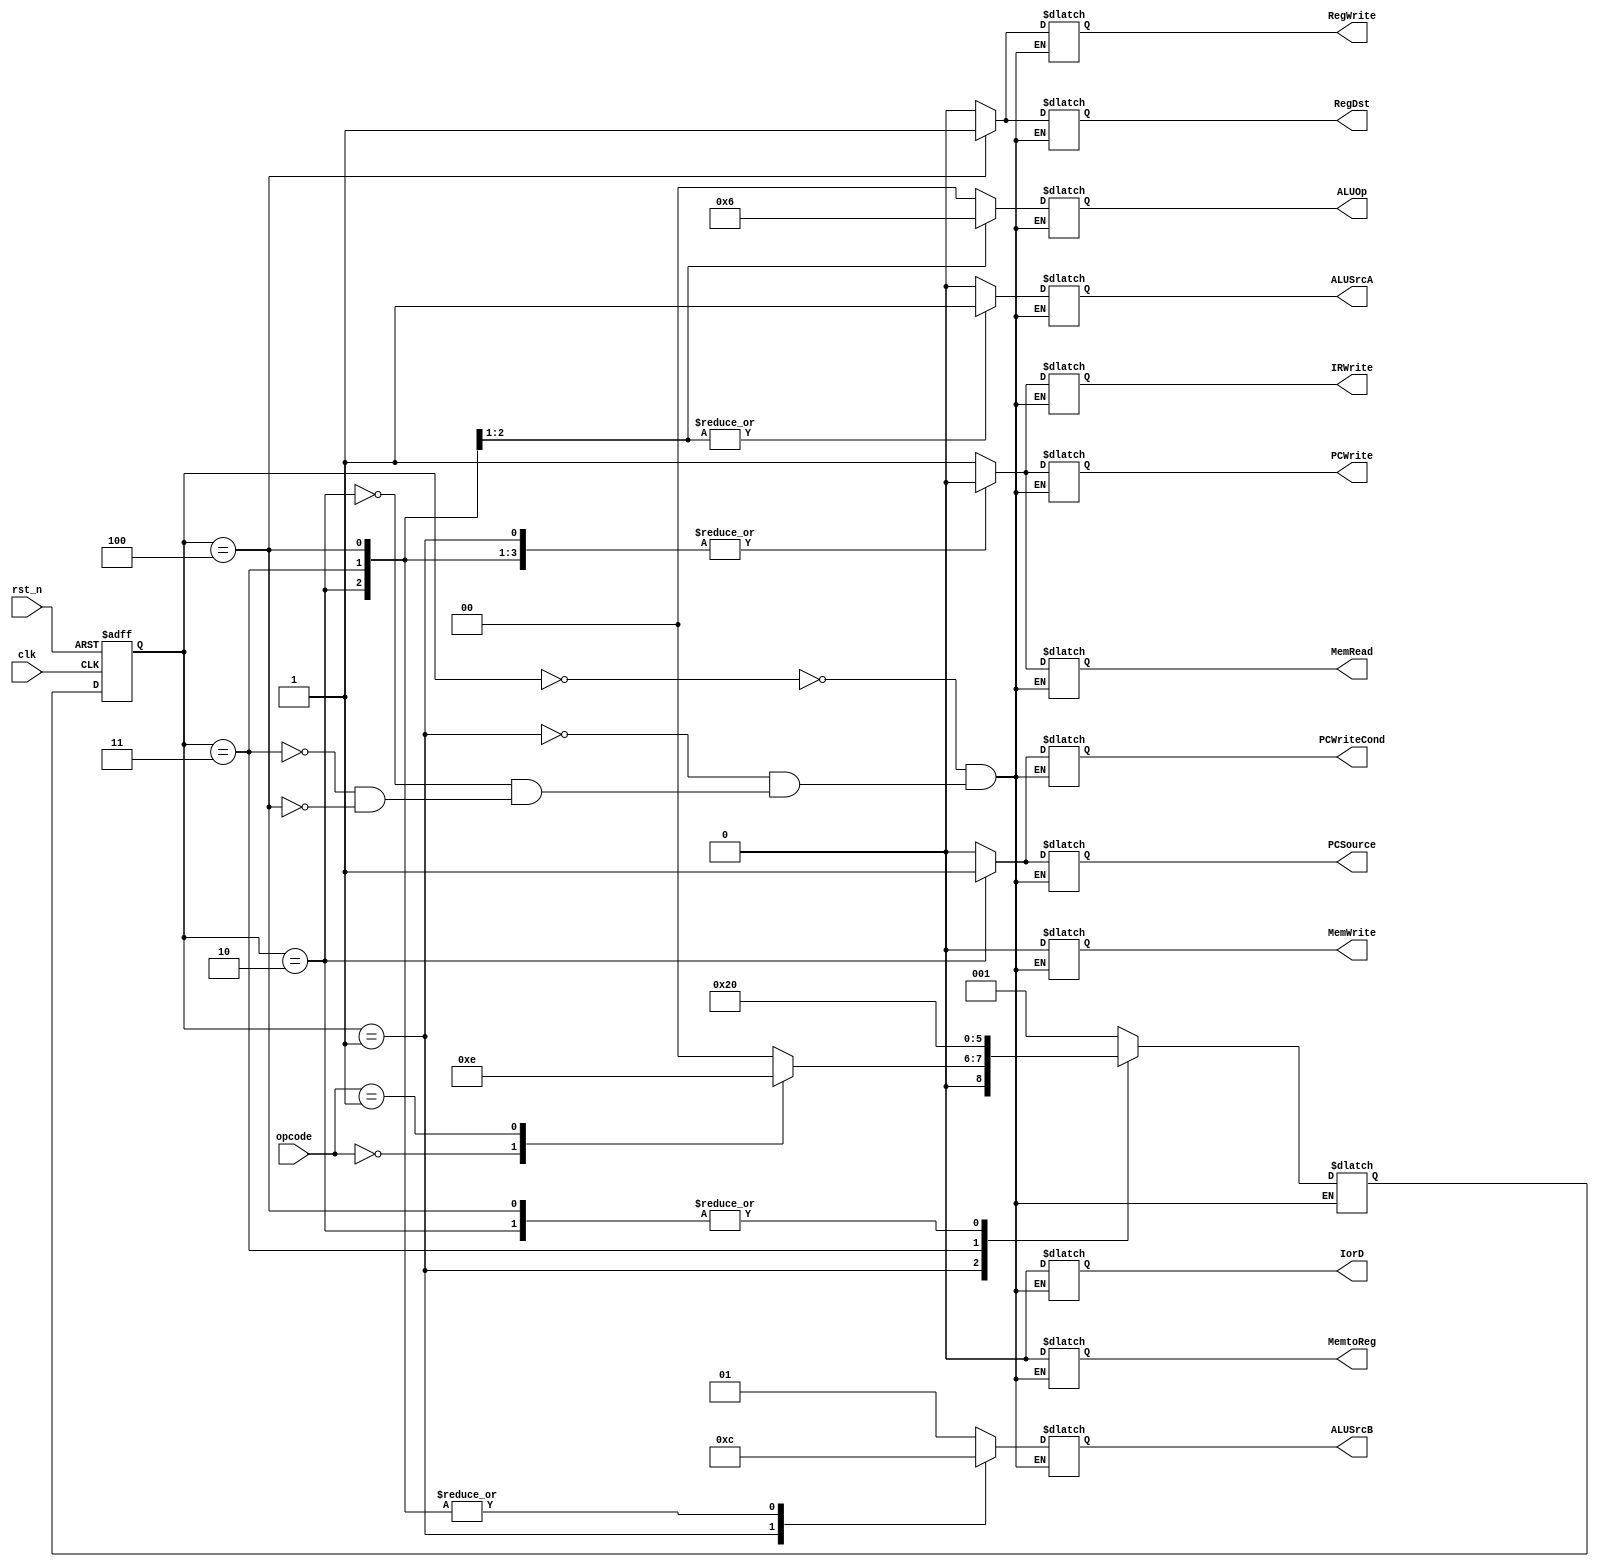

module control (
    input [5:0] opcode,
    input clk,
    input rst_n,
    output reg PCWriteCond,
    output reg PCWrite,
    output reg IorD,
    output reg MemRead,
    output reg MemWrite,
    output reg MemtoReg,
    output reg IRWrite,
    output reg PCSource,
    output reg [1:0] ALUOp,
    output reg ALUSrcA,
    output reg [1:0] ALUSrcB,
    output reg RegDst,
    output reg RegWrite
);

parameter S0 = 3'b000;
parameter S1 = 3'b001;
parameter S2 = 3'b010;
parameter S3 = 3'b011;
parameter S4 = 3'b100;

reg [2:0] PS, NS;

always @(posedge clk or negedge rst_n) begin
    if (!rst_n)
        PS <= S0;
    else
        PS <= NS;
end

always @* begin
    case (PS)
        S0: begin
            MemRead <= 1'b1;
            PCWrite <= 1'b1;
            IorD <= 1'b0;
            IRWrite <= 1'b1;
            ALUSrcA <= 1'b0;
            ALUSrcB <= 2'b01;
            ALUOp <= 2'b00;
            PCSource <= 1'b0;
            PCWriteCond <= 1'b0;
            MemWrite <= 1'b0;
            MemtoReg <= 1'b0;
            RegDst <= 1'b0;
            RegWrite <= 1'b0;
            NS <= S1;
        end

        S1: begin
            PCWriteCond <= 1'b0;
            PCWrite <= 1'b0;
            IorD <= 1'b0;
            MemRead <= 1'b0;
            MemWrite <= 1'b0;
            MemtoReg <= 1'b0;
            IRWrite <= 1'b0;
            PCSource <= 1'b0;
            RegDst <= 1'b0;
            RegWrite <= 1'b0;
            ALUSrcA <= 1'b0;
            ALUSrcB <= 2'b11;
            ALUOp <= 2'b00;
            case (opcode)
                6'd0: NS <= S3;
                6'd1: NS <= S2;
                default: NS <= S0;
            endcase
        end

        S2: begin
            PCWrite <= 1'b0;
            IorD <= 1'b0;
            MemRead <= 1'b0;
            MemWrite <= 1'b0;
            MemtoReg <= 1'b0;
            IRWrite <= 1'b0;
            RegDst <= 1'b0;
            RegWrite <= 1'b0;
            ALUSrcA <= 1'b1;
            ALUSrcB <= 2'b00;
            ALUOp <= 2'b01;
            PCSource <= 1'b1;
            PCWriteCond <= 1'b1;
            NS <= S0;
        end

        S3: begin
            PCWriteCond <= 1'b0;
            PCWrite <= 1'b0;
            IorD <= 1'b0;
            MemRead <= 1'b0;
            MemWrite <= 1'b0;
            MemtoReg <= 1'b0;
            IRWrite <= 1'b0;
            PCSource <= 1'b0;
            RegDst <= 1'b0;
            RegWrite <= 1'b0;
            ALUSrcA <= 1'b1;
            ALUSrcB <= 2'b00;
            ALUOp <= 2'b10;
            NS <= S4;
        end

        S4: begin
            PCWriteCond <= 1'b0;
            PCWrite <= 1'b0;
            IorD <= 1'b0;
            MemRead <= 1'b0;
            MemWrite <= 1'b0;
            IRWrite <= 1'b0;
            PCSource <= 1'b0;
            ALUSrcA <= 1'b0;
            ALUSrcB <= 2'b00;
            ALUOp <= 2'b00;
            RegDst <= 1'b1;
            RegWrite <= 1'b1;
            MemtoReg <= 1'b0;
            NS <= S0;
        end
    endcase
end

endmodule